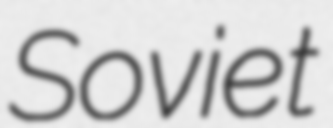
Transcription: Soviet